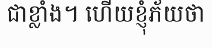
ជាខ្លាំង។ ហើយខ្ញុំភ័យថា